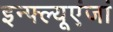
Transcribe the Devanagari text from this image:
इन्फ्ल्यूएंजां